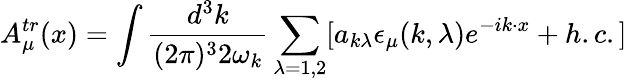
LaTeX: A_{\mu}^{tr}(x)=\int{\frac{d^{3}k}{(2\pi)^{3}2\omega_{k}}\sum_{\lambda=1,2}[a_{k\lambda}\epsilon_{\mu}(k,\lambda)e^{-ik\cdot x}+h.c.]}